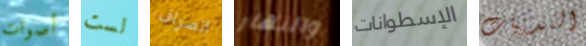
أصوات لست الصراف والنهار الإسطوانات الثدييات